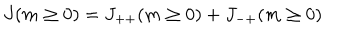
J ( m \ge 0 ) = J _ { + + } ( m \ge 0 ) + J _ { - + } ( m \ge 0 )